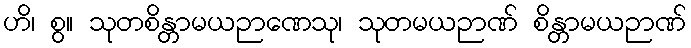
ဟိ၊ စွ။ သုတစိန္တာမယဉာဏေသု၊ သုတမယဉာဏ် စိန္တာမယဉာဏ်